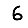
Digit: 6